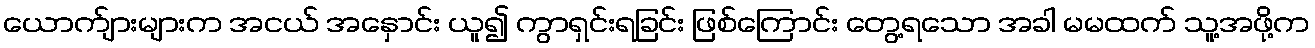
ယောက်ျားများက အငယ် အနှောင်း ယူ၍ ကွာရှင်းရခြင်း ဖြစ်ကြောင်း တွေ့ရသော အခါ မမထက် သူ့အဖို့က